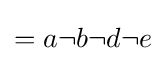
{\textstyle =a\neg b\neg d\neg e}